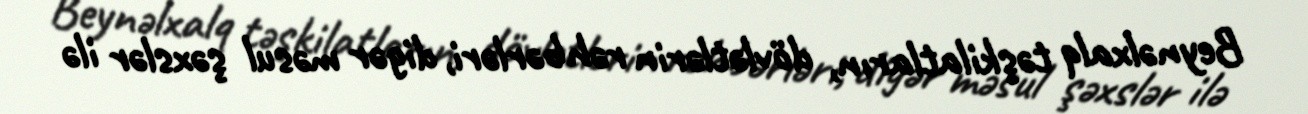
Beynəlxalq təşkilatların, dövlətlərin rəhbərləri, digər məsul şəxslər ilə